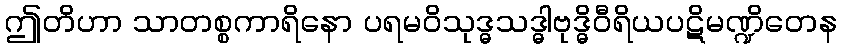
ဤတိဟာ သာတစ္စကာရိနော ပရမဝိသုဒ္ဓသဒ္ဓါဗုဒ္ဓိဝီရိယပဋိမဏ္ဍိတေန